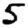
Digit: 5